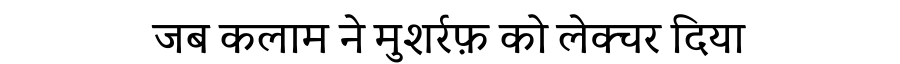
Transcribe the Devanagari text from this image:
जब कलाम ने मुशर्रफ़ को लेक्चर दिया